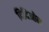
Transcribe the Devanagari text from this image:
दिदिओन